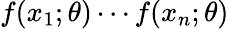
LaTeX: f(x_{1};\theta)\cdots f(x_{n};\theta)